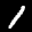
Label: 1